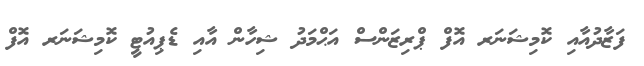
ފަޒާދުއާއި ކޮމިޝަނަރ އޮފް ޕްރިޒަންސް އަޙްމަދު ޝިހާން އާއި ޑެޕިއުޓީ ކޮމިޝަނަރ އޮފް